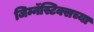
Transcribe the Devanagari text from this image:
जिम्नॅस्टिक्सच्या